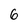
Character: 6